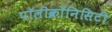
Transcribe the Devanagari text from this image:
पॉलीक्रॉनिसिटी